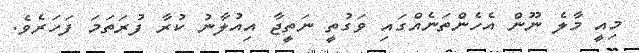
މިއީ މާލެ ނޫން އެހެންތަނެއްގައި ވަގުތީ ނަތީޖާ އިއުލާނު ކުރާ ފުރަތަމަ ފަހަރެވެ.